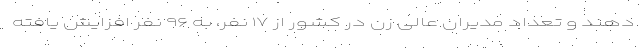
دهند و تعداد مدیران عالی زن در کشور از ۱۷ نفر، به ۹۶ نفر افزایش یافته